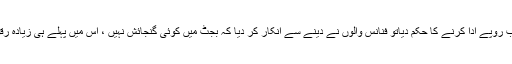
نگران وزیراعظم نے20ارب روپے ادا کرنے کا حکم دیاتو فنانس والوں نے دینے سے انکار کر دیا کہ بجٹ میں کوئی گنجائش نہیں ، اس میں پہلے ہی زیادہ رقوم ادا کی جا چکی ہوئی ہیں۔